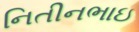
નિતીનભાઇ